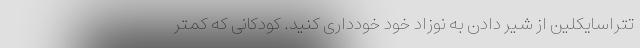
تتراسایکلین از شیر دادن به نوزاد خود خودداری کنید. کودکانی که کمتر